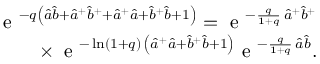
\begin{array} { r } { \textrm { e } ^ { - q { \left( { \hat { a } } { \hat { b } } + { { \hat { a } } } ^ { + } { { \hat { b } } } ^ { + } + { { \hat { a } } } ^ { + } { \hat { a } } + { { \hat { b } } } ^ { + } { \hat { b } } + 1 \right) } } = \textrm { e } ^ { - \frac { q } { 1 + q } \, { { \hat { a } } } ^ { + } { { \hat { b } } } ^ { + } } } \\ { \times \, \textrm { e } ^ { - \ln ( 1 + q ) \, \left( { \hat { a } } ^ { + } { \hat { a } } + { \hat { b } } ^ { + } { \hat { b } } + 1 \right) } \textrm { e } ^ { - \frac { q } { 1 + q } \, { \hat { a } } { \hat { b } } } . } \end{array}